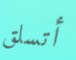
أتسلق